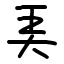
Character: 㺯